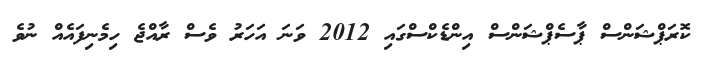
ކޮރަޕްޝަންސް ޕާސެޕްޝަންސް އިންޑެކްސްގައި 2012 ވަނަ އަހަރު ވެސް ރާއްޖެ ހިމެނިފައެއް ނުވެ